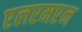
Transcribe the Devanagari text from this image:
एलएमएन